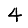
Digit: 4